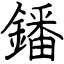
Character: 鐇